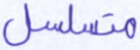
متسلسل